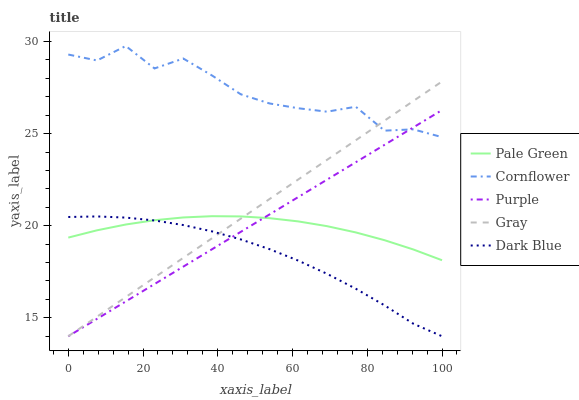
| xaxis_label | Pale Green | Cornflower | Purple | Gray | Dark Blue |
 | --- | --- | --- | --- | --- | --- |
 | 0 | 19.4 | 29.3 | 14 | 14 | 20.5 |
 | 7.69 | 19.8 | 29 | 14.9 | 15.1 | 20.5 |
 | 15.4 | 20.1 | 29.8 | 15.9 | 16.1 | 20.4 |
 | 23.1 | 20.3 | 28.5 | 16.8 | 17.2 | 20.3 |
 | 30.8 | 20.4 | 29.1 | 17.8 | 18.3 | 20 |
 | 38.5 | 20.5 | 28.2 | 18.7 | 19.3 | 19.7 |
 | 46.2 | 20.5 | 27.1 | 19.7 | 20.4 | 19.3 |
 | 53.8 | 20.4 | 26.6 | 20.6 | 21.4 | 18.7 |
 | 61.5 | 20.2 | 26.4 | 21.6 | 22.5 | 18.1 |
 | 69.2 | 20 | 26.2 | 22.5 | 23.6 | 17.4 |
 | 76.9 | 19.6 | 26.5 | 23.4 | 24.6 | 16.6 |
 | 84.6 | 19.2 | 25.2 | 24.4 | 25.7 | 15.7 |
 | 92.3 | 18.7 | 25.2 | 25.3 | 26.8 | 14.7 |
 | 100 | 18.1 | 24.8 | 26.3 | 27.8 | 14 |